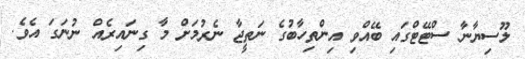
ލޫސިޔާނާ ސްޓޭޓްގައި ބޭއްވި އިންތިހާބުގެ ނަތީޖާ ނެރުމަށް މާ ގިނައިރެއް ނުނަގަ އެވެ.